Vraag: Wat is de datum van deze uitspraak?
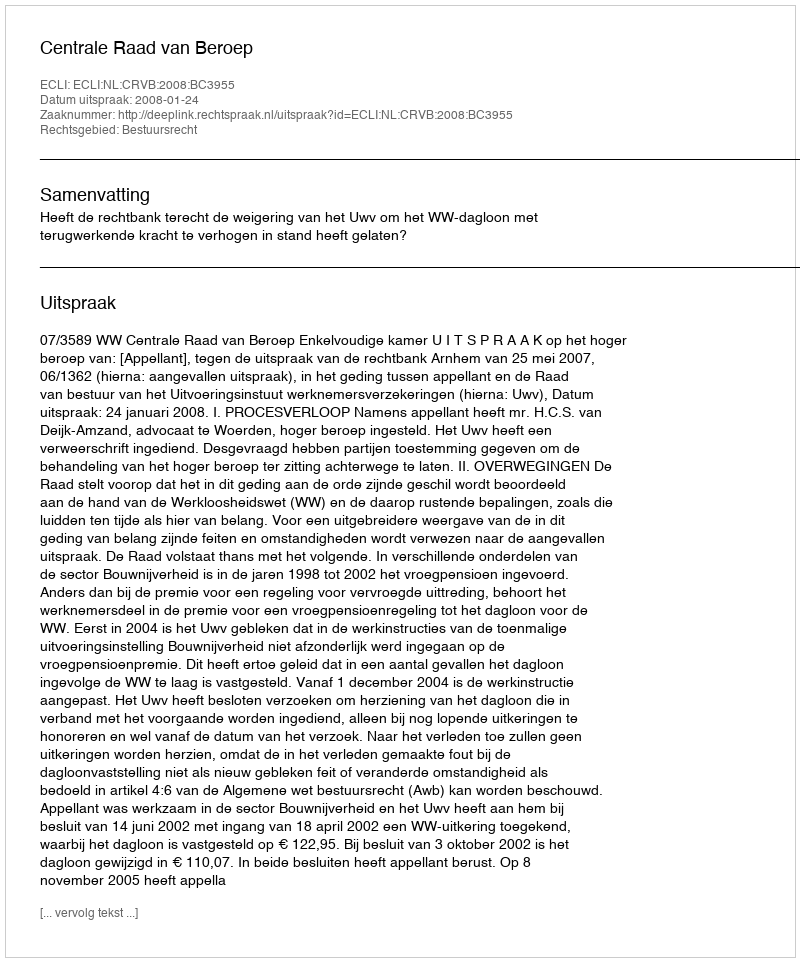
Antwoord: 2008-01-24